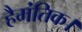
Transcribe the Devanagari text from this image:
हैमंतिक।